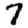
Digit: 7